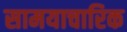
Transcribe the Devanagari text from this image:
सामयाचारिक